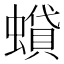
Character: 蟘